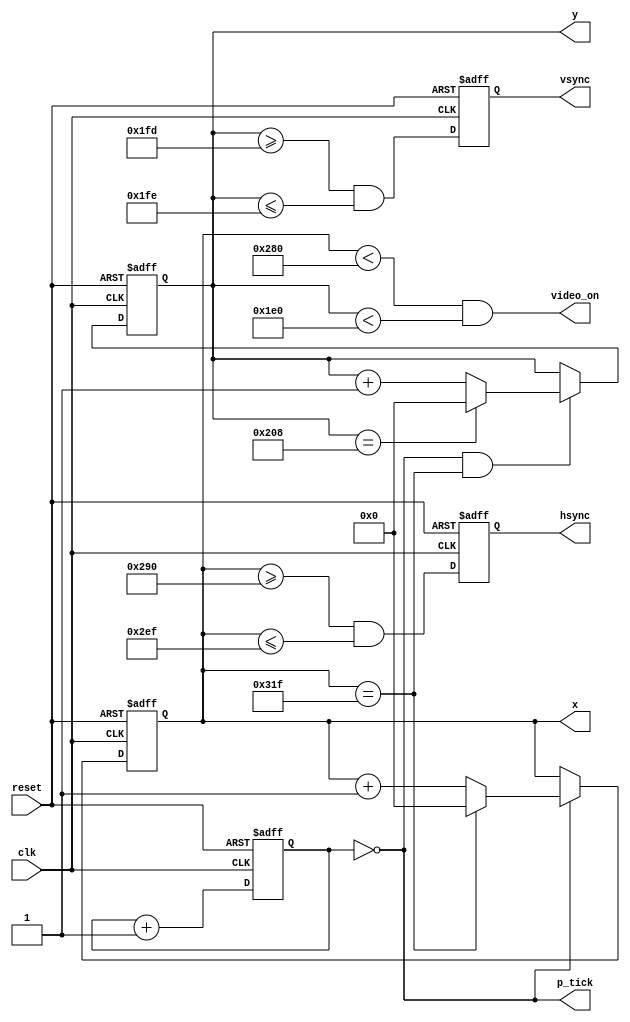
`timescale 1ns / 1ps
//////////////////////////////////////////////////////////////////////////////////
// Company: 
// Engineer: 
// 
// Design Name: 
// Module Name: vga_sync
// Project Name: 
// Target Devices: 
// Tool Versions: 
// Description: 
// 
// Dependencies: 
// 
// Revision:
// Revision 0.01 - File Created
// Additional Comments: adapted from "Driving a VGA Monitor Using an FPGA" by embeddedthoughts, (2016),
//                      https://embeddedthoughts.com/2016/07/29/driving-a-vga-monitor-using-an-fpga/,
//                      accessed on 10/27/2021
// 
//////////////////////////////////////////////////////////////////////////////////


module vga_sync

	(
		input wire clk, reset,
		output wire hsync, vsync, video_on, p_tick,
		output wire [9:0] x, y
	);
	
	// constant declarations for VGA sync parameters
	localparam H_DISPLAY       = 640; // horizontal display area // Display Time
	localparam H_L_BORDER      =  48; // horizontal left border // Horizontal Back Porch
	localparam H_R_BORDER      =  16; // horizontal right border // Horizontal Front Porch
	localparam H_RETRACE       =  96; // horizontal retrace // Pulse Width
    // Total Hsync clks        = 800 clks
	localparam H_MAX           = H_DISPLAY + H_L_BORDER + H_R_BORDER + H_RETRACE - 1;
	localparam START_H_RETRACE = H_DISPLAY + H_R_BORDER;
	localparam END_H_RETRACE   = H_DISPLAY + H_R_BORDER + H_RETRACE - 1;
	
	localparam V_DISPLAY       = 480; // vertical display area // Display Time
	localparam V_T_BORDER      =  10; // vertical top border // Vertical Front Porch
	localparam V_B_BORDER      =  29; // vertical bottom border // Vertical Back Porch
	localparam V_RETRACE       =   2; // vertical retrace  // Pulse Width
	// Total Vsync clks        = 521 clks
	localparam V_MAX           = V_DISPLAY + V_T_BORDER + V_B_BORDER + V_RETRACE - 1;
        localparam START_V_RETRACE = V_DISPLAY + V_B_BORDER;
	localparam END_V_RETRACE   = V_DISPLAY + V_B_BORDER + V_RETRACE - 1;
	
	// mod-4 counter to generate 25 MHz pixel tick
	reg [1:0] pixel_reg;
	wire [1:0] pixel_next;
	wire pixel_tick;
	
	always @(posedge clk, posedge reset)
		if(reset)
		  pixel_reg <= 0;
		else
		  pixel_reg <= pixel_next;
	
	assign pixel_next = pixel_reg + 1; // increment pixel_reg 
	
	assign pixel_tick = (pixel_reg == 0); // assert tick 1/4 of the time
	
	// registers to keep track of current pixel location
	reg [9:0] h_count_reg, h_count_next, v_count_reg, v_count_next;
	
	// register to keep track of vsync and hsync signal states
	reg vsync_reg, hsync_reg;
	wire vsync_next, hsync_next;
 
	// infer registers
	always @(posedge clk, posedge reset)begin
		if(reset)
		    begin
                    v_count_reg <= 0;
                    h_count_reg <= 0;
                    vsync_reg   <= 0;
                    hsync_reg   <= 0;
		    end
		else
		    begin
                    v_count_reg <= v_count_next;
                    h_count_reg <= h_count_next;
                    vsync_reg   <= vsync_next;
                    hsync_reg   <= hsync_next;
		    end
	end	
	// next-state logic of horizontal vertical sync counters
	always @(*)begin
		h_count_next = pixel_tick ? 
		               h_count_reg == H_MAX ? 0 : h_count_reg + 1
			       : h_count_reg;
		
		v_count_next = pixel_tick && h_count_reg == H_MAX ? 
		               (v_count_reg == V_MAX ? 0 : v_count_reg + 1) 
			       : v_count_reg;
		end
		
        // hsync and vsync are active low signals
        // hsync signal asserted during horizontal retrace
        assign hsync_next = h_count_reg >= START_H_RETRACE
                            && h_count_reg <= END_H_RETRACE;
   
        // vsync signal asserted during vertical retrace
        assign vsync_next = v_count_reg >= START_V_RETRACE 
                            && v_count_reg <= END_V_RETRACE;

        // video only on when pixels are in both horizontal and vertical display region
        assign video_on = (h_count_reg < H_DISPLAY) 
                          && (v_count_reg < V_DISPLAY);

        // output signals
        assign hsync  = hsync_reg;
        assign vsync  = vsync_reg;
        assign x      = h_count_reg;
        assign y      = v_count_reg;
        assign p_tick = pixel_tick;
endmodule